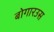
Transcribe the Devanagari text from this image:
बोगारउस